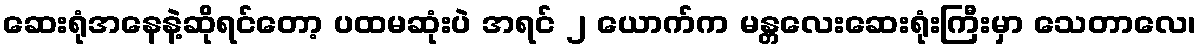
ဆေးရုံအနေနဲ့ဆိုရင်တော့ ပထမဆုံးပဲ အရင် ၂ ယောက်က မန္တလေးဆေးရုံးကြီးမှာ သေတာလေ၊